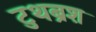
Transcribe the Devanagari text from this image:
टुथब्रश